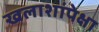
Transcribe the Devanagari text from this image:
खलाशांपेक्षा